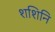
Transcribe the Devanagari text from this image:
शशिनि